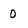
Character: 0